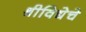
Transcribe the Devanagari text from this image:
श्रीविद्येचे